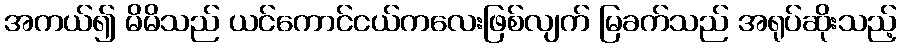
အကယ်၍ မိမိသည် ယင်ကောင်ငယ်ကလေးဖြစ်လျက် မြခက်သည် အရုပ်ဆိုးသည့်